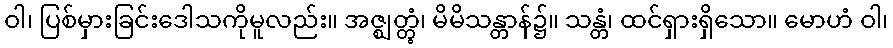
ဝါ၊ ပြစ်မှားခြင်းဒေါသကိုမူလည်း။ အဇ္ဈတ္တွံ၊ မိမိသန္တာန်၌။ သန္တံ၊ ထင်ရှားရှိသော။ မောဟံ ဝါ၊